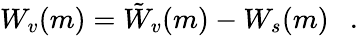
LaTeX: W_{v}(m)=\tilde{W}_{v}(m)-W_{s}(m)~~~.